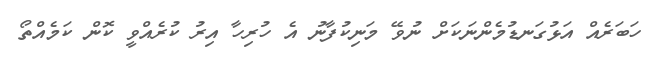
ހަބަރެއް އަޅުގަނޑުމެންނަކަށް ނުވޭ މަނިކުފާނު އެ ހުރިހާ އިރު ކުރެއްވީ ކޮން ކަމެއްތޯ